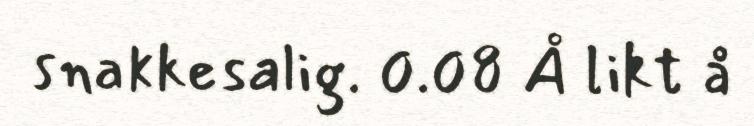
snakkesalig. 0.08 Å likt å